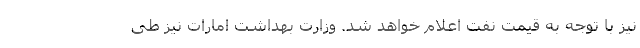
نیز با توجه به قیمت نفت اعلام خواهد شد. وزارت بهداشت امارات نیز طی